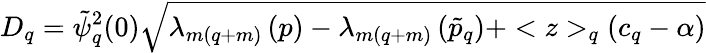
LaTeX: D_{q}=\tilde{\psi}_{q}^{2}(0)\sqrt{\lambda_{m(q+m)}\left(p\right)-\lambda_{m(q+m)}\left(\tilde{p}_{q}\right)+<z>_{q}\left(c_{q}-\alpha\right)}